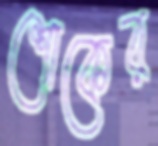
শোকের